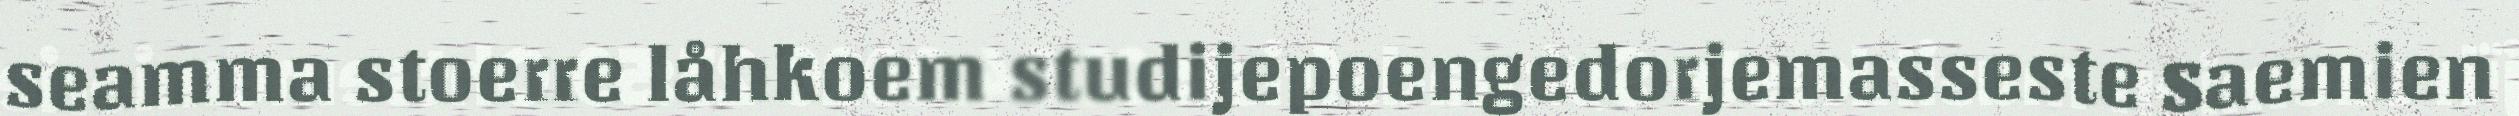
seamma stoerre låhkoem studijepoengedorjemasseste Saemien